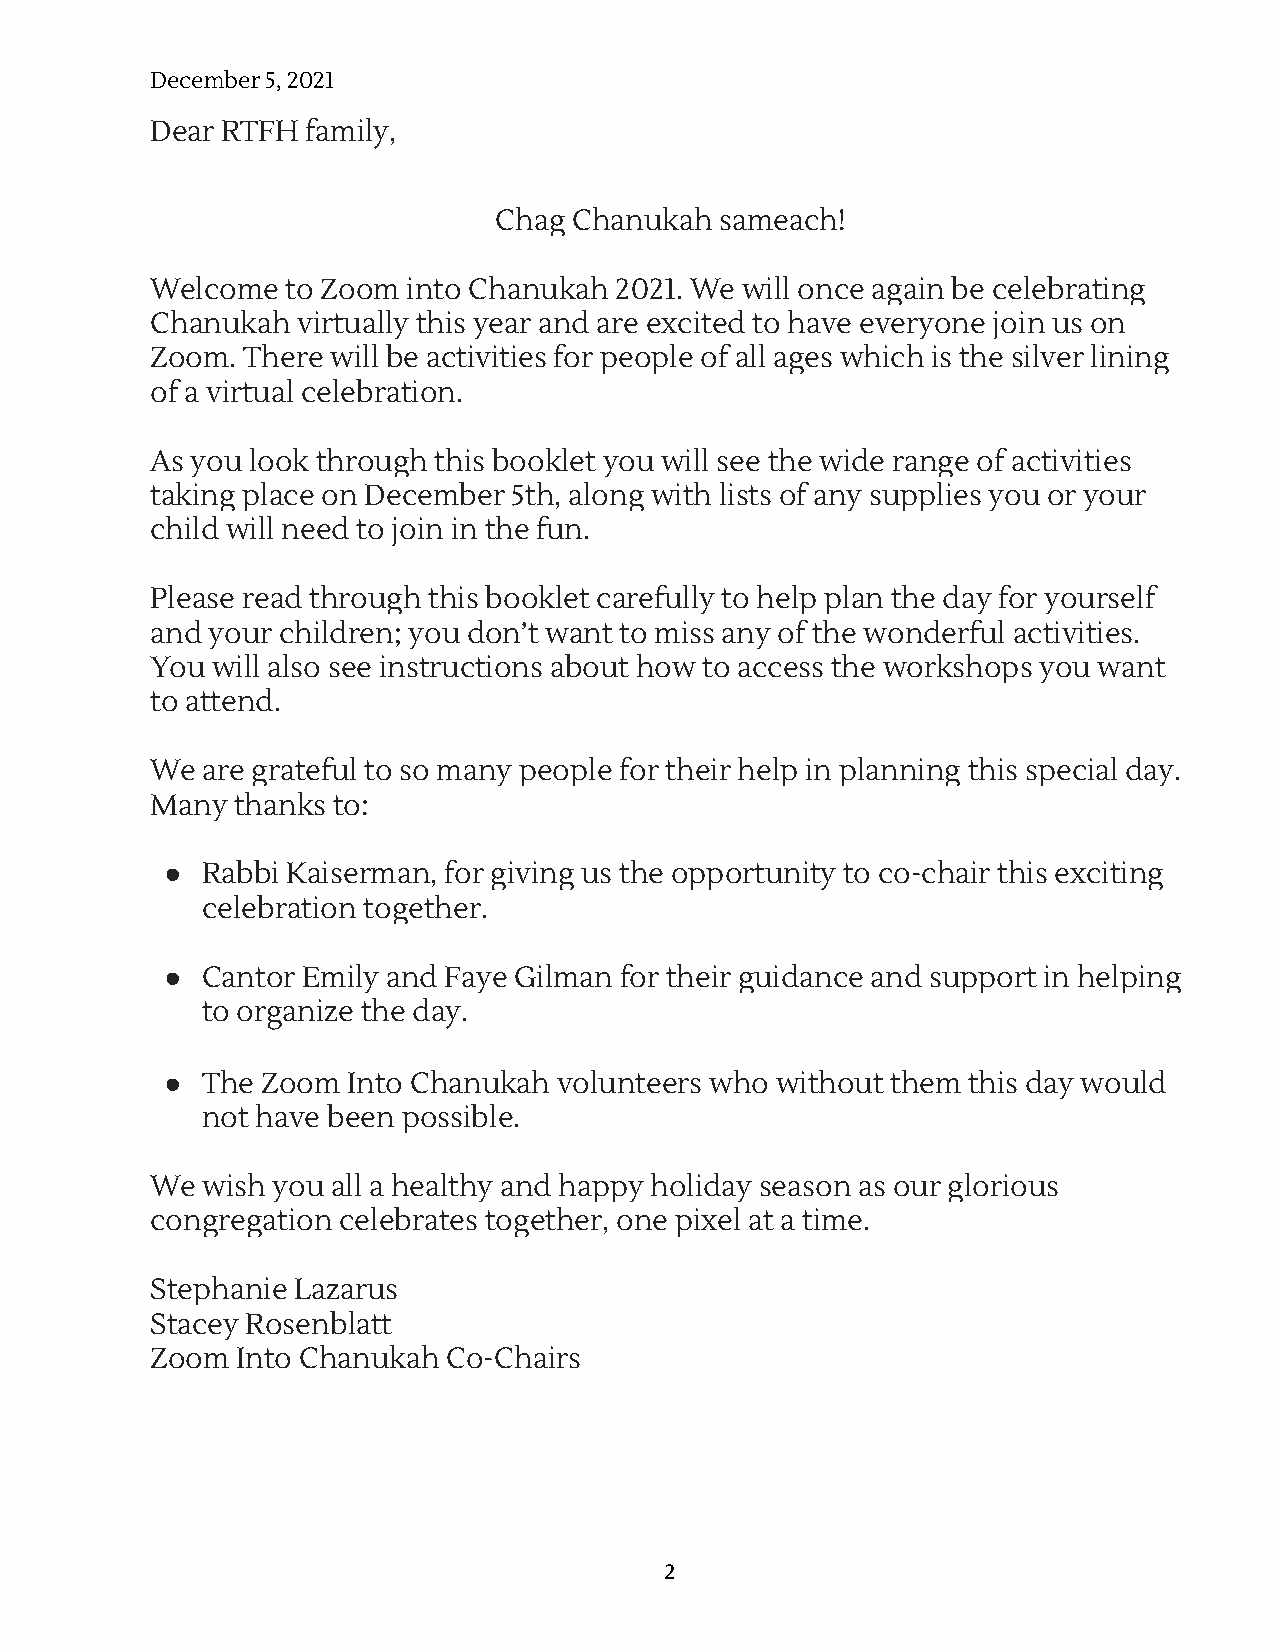
December 5, 2021
 Dear RTFH family,
 Chag Chanukah  sameach!
 Welcome  to Zoom into Chanukah 2021. We will once again be celebrating
 Chanukah  virtually this year and are excited to have everyone join us on
 Zoom. There will be activities for people of all ages which is the silver lining
 of a virtual celebration.
 As you look through this booklet you will see the wide range of activities
 taking place on December 5th, along with lists of any supplies you or your
 child will need to join in the fun.
 Please read through this booklet carefully to help plan the day for yourself
 and your children; you don’t want to miss any of the wonderful activities.
 You will also see instructions about how to access the workshops you want
 to attend.
 We are grateful to so many people for their help in planning this special day.
 Many thanks to:
 ● Rabbi Kaiserman, for giving us the opportunity to co-chair this exciting
 celebration together.
 ● Cantor Emily and Faye Gilman for their guidance and support in helping
 to organize the day.
 ● The Zoom  Into Chanukah volunteers who without them this day would
 not have been possible.
 We wish you all a healthy and happy holiday season as our glorious
 congregation celebrates together, one pixel at a time.
 Stephanie Lazarus
 Stacey Rosenblatt
 Zoom  Into Chanukah Co-Chairs
 2